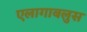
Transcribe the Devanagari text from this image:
एलागाबलुस